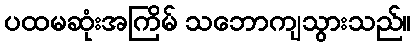
ပထမဆုံးအကြိမ် သဘောကျသွားသည်။